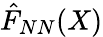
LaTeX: \hat{F}_{NN}(X)